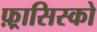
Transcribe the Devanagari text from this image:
फ़्रासिस्को